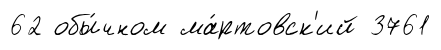
62 обы́чном ма́ртовск'ий 3761